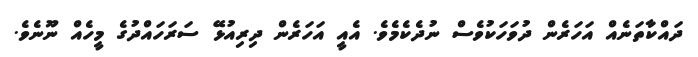
ދައްކާތަނެއް އަހަރެން ދުވަހަކުވެސް ނުދެކެމެވެ. އެއީ އަހަރެން ދިރިއުޅޭ ސަރަހައްދުގެ މީހެއް ނޫނެވެ.